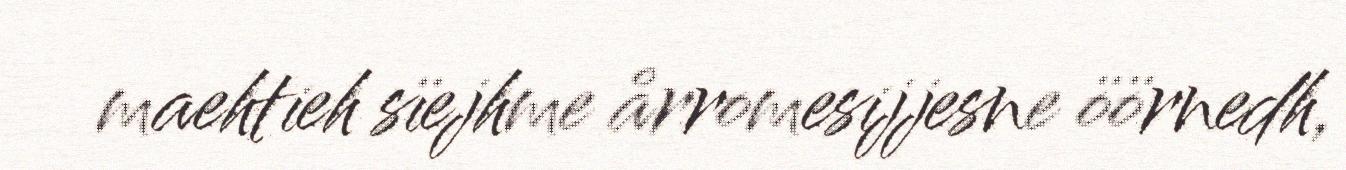
maehtieh sïejhme årromesijjesne öörnedh,